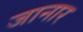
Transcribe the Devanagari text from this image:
जानार